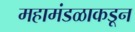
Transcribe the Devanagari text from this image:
महामंडळाकडून